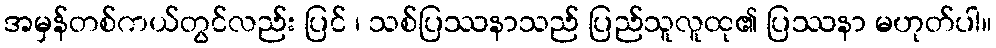
အမှန်တစ်ကယ်တွင်လည်း ပြင် ၊ သစ်ပြဿနာသည် ပြည်သူလူထု၏ ပြဿနာ မဟုတ်ပါ။